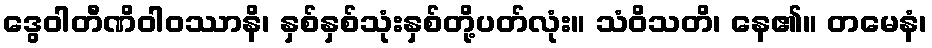
ဒွေဝါတီဏိဝါဝဿာနိ၊ နှစ်နှစ်သုံးနှစ်တို့ပတ်လုံး။ သံဝိသတိ၊ နေ၏။ တမေနံ၊